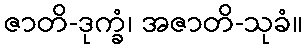
ဇာတိ-ဒုက္ခံ၊ အဇာတိ-သုခံ။